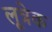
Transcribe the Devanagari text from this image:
लूत्रेक